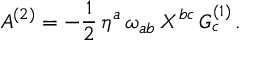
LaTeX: A ^ { ( 2 ) } = - { \frac { 1 } { 2 } } \, \eta ^ { a } \, \omega _ { a b } \, X ^ { b c } \, G _ { c } ^ { ( 1 ) } \, .